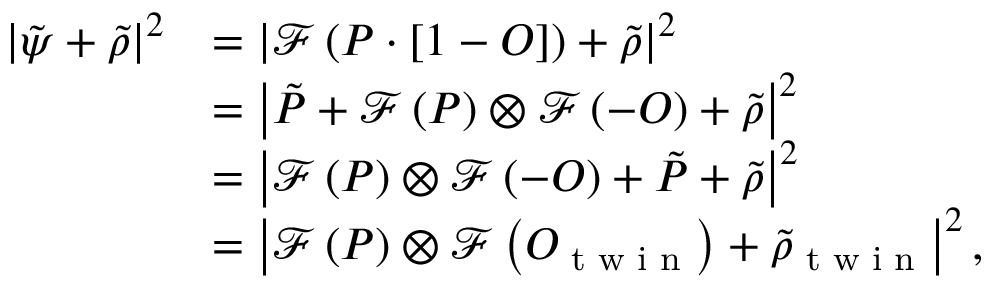
\begin{array} { r l } { \left| \tilde { \psi } + \tilde { \rho } \right| ^ { 2 } } & { = \left| \mathcal { F } \left( P \cdot \left[ 1 - O \right] \right) + \tilde { \rho } \right| ^ { 2 } } \\ & { = \left| \tilde { P } + \mathcal { F } \left( P \right) \otimes \mathcal { F } \left( - O \right) + \tilde { \rho } \right| ^ { 2 } } \\ & { = \left| \mathcal { F } \left( P \right) \otimes \mathcal { F } \left( - O \right) + \tilde { P } + \tilde { \rho } \right| ^ { 2 } } \\ & { = \left| \mathcal { F } \left( P \right) \otimes \mathcal { F } \left( O _ { \textrm { t w i n } } \right) + \tilde { \rho } _ { \textrm { t w i n } } \right| ^ { 2 } , } \end{array}